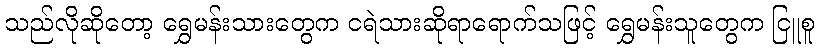
သည်လိုဆိုတော့ ရွှေမန်းသားတွေက ငရဲသားဆိုရာရောက်သဖြင့် ရွှေမန်းသူတွေက ငြူစူ